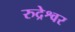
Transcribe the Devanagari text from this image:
रुद्रेश्वर